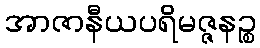
အာဇာနီယပရိမဇ္ဇနဉ္စ